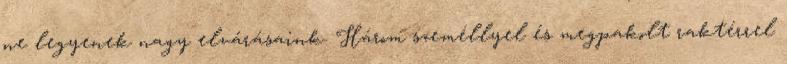
ne legyenek nagy elvárásaink. Három személlyel és megpakolt raktérrel